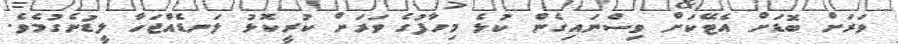
ވަރަށް ބޮޑަށް އެޓޭކަށް ވިސްނައިގެން ކުޅެ މިހާފުގެ ވަރަށް ކުރީކޮޅު ލަނޑެއްޖަހާ ލީޑުނެގުމެވެ.